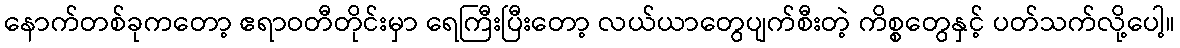
နောက်တစ်ခုကတော့ ဧရာဝတီတိုင်းမှာ ရေကြီးပြီးတော့ လယ်ယာတွေပျက်စီးတဲ့ ကိစ္စတွေနှင့် ပတ်သက်လို့ပေါ့။